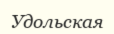
Удольская